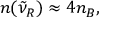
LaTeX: n ( { \tilde { \nu } } _ { R } ) \approx 4 n _ { B } ,